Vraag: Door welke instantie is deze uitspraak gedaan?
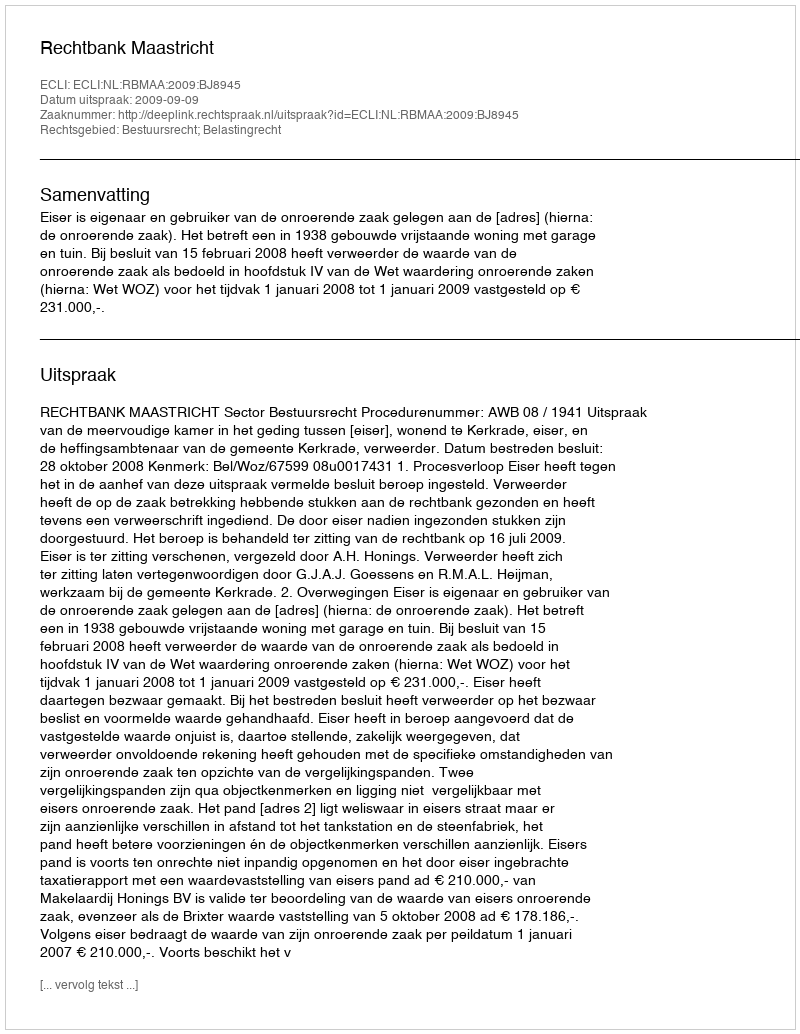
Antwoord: Rechtbank Maastricht